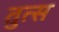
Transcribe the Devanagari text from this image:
तुत्स